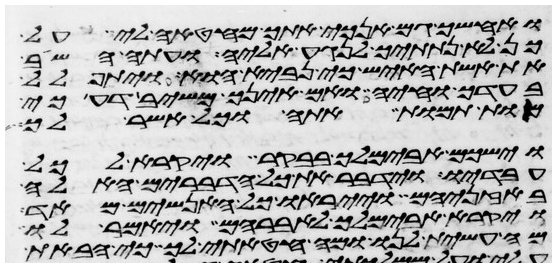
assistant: ואחשך גם אנכי אתך מחטאה לי על
כן לא נתתיך לנגע אליה ועתה השב
את אשת האיש כי נביא הוא ויתפלל
בעדך וחיה ואם אינך משיב דע כי
מות תמות אתה וכל אשר לך
וישכם אבימלך בבקר ויקרא לכל
עבדיו וידבר את כל הדברים האלה
באזניהם וייראו כל האנשים מאד
ויקרא אבימלך לאברהם ויאמר לו
מה עשית לנו ומה חטאתי לך כי הבאת